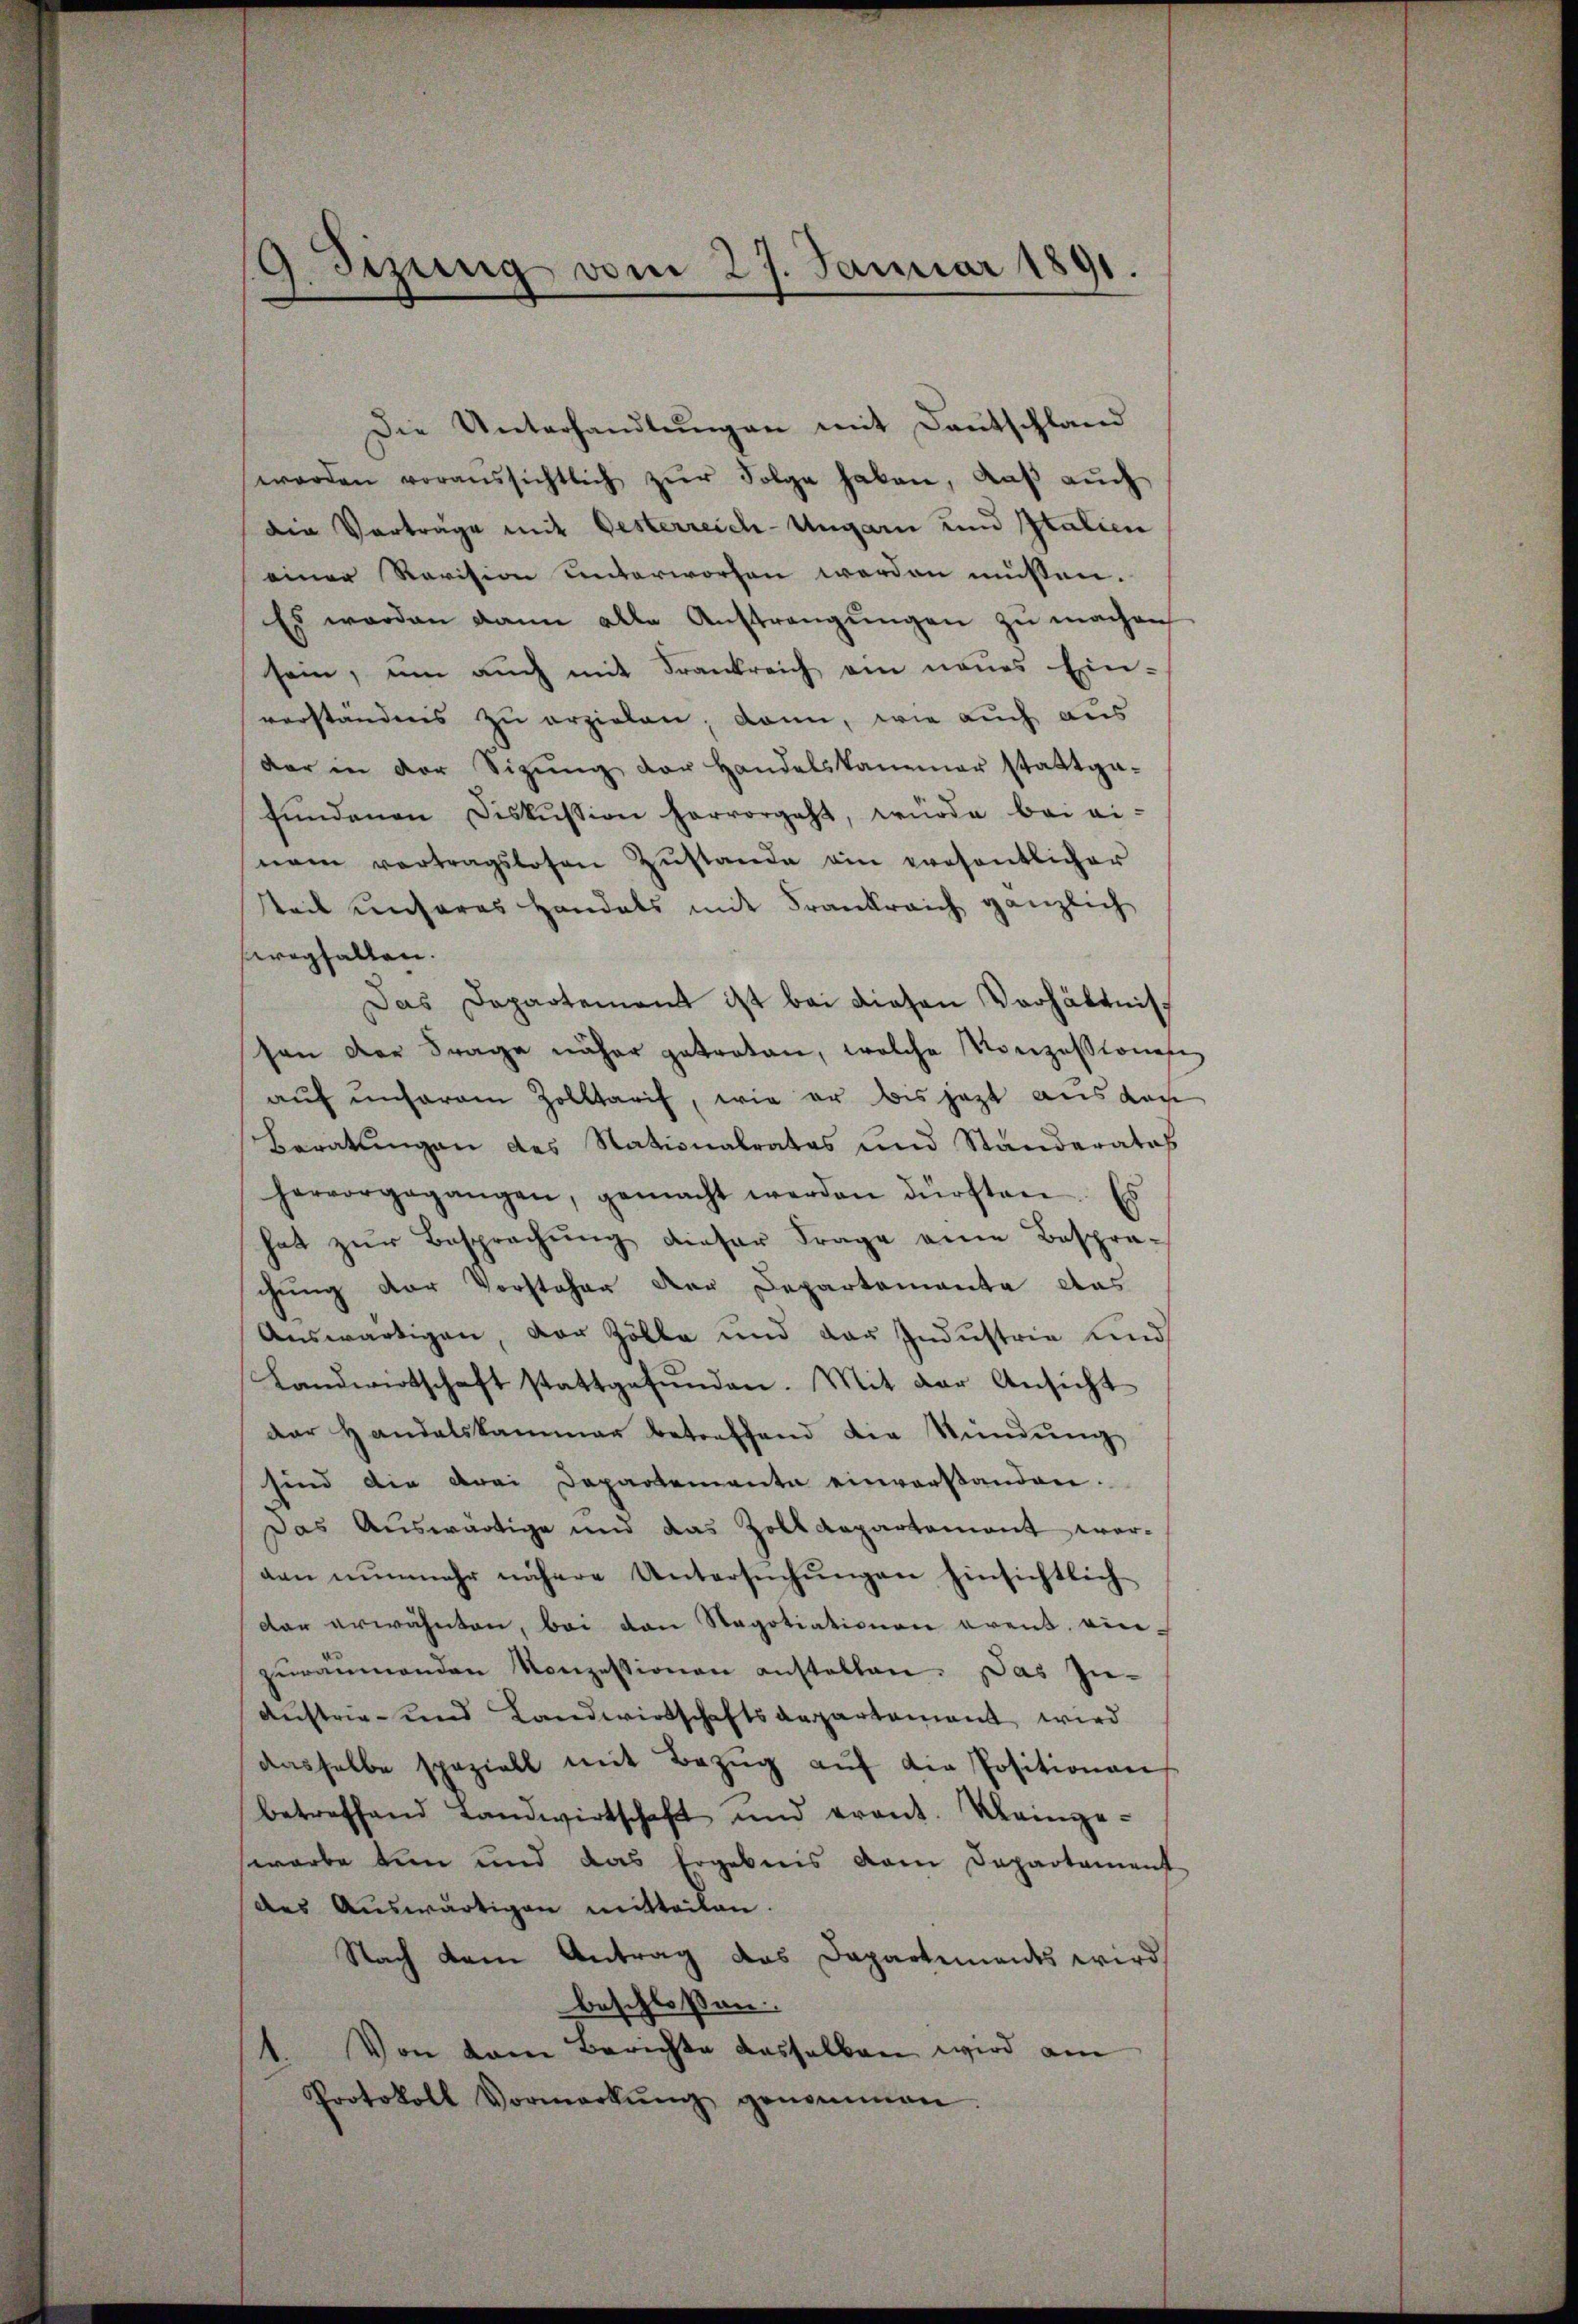
9 Sizung vom 27. Januar 1891.

Die Unterhandlŭngen mit Deutschland
werden voraussichtlich zŭr Folge haben, daβ aŭch
Die Vorträge mit Oesterreich-Ungarn und Italien
einer Revision unterworfen werden müssen.
Es werden dann alle Anstrengungen zu machen,
sein, um auch mit Frankreich ein neues Ein-
verständnis zu erzielen; dann, wie auch aus
der in der Sitŭng der Handelskammer stattga-
fŭndenen Diskussion hervorgeht, würde bei ei-
nem vortragslosen Zŭstande ein wesentlicher
tteil unseres Handals mit Frankreich gänzlich
weghalten.
Das Departement ist bei diesen Verhältnis
son der Frage näher getreten, welche Konzessione
auf unserem Zolltarif, wie er bis jetzt aus das
Beratungen des Stationalrates und Standerates
hervorgegangen, gemacht werden dürften. Es
hat zur Besprachung dieser Frage eine Besprä-
chung der Vorstehen der Departemente das
Auswärtigen, der Zölle und der Industrie und
Landwirtschaft stattgefunden. Mit der Ansicht
dar Handelskammer betreffend die Sündŭng
sind die drei Departementa einverstanden.
Das Auswärtige und das Zolldepartamant worgen nŭnmehr nähere Untersŭchŭngen hinsichtlich
dar erwähnten, bei von Sagotiationen event. ein-
zŭrammanden Konzessionen anstalten. Das In-
Austrie- und Landwirtschaftsaepartement wird
dasselbe speziell mit Bezŭg aŭf die Positionen
betreffend Landwirtschaft und erant. Weinge-
warbe kein und das Ergebnis vom Departament
des Auswärtigen mitteilen.
Nach dem Antrag das Dapartiments wird
beschlossen:
1. Von vom Berichte dasselben wird am
Protokoll Vormerkŭng genommen.